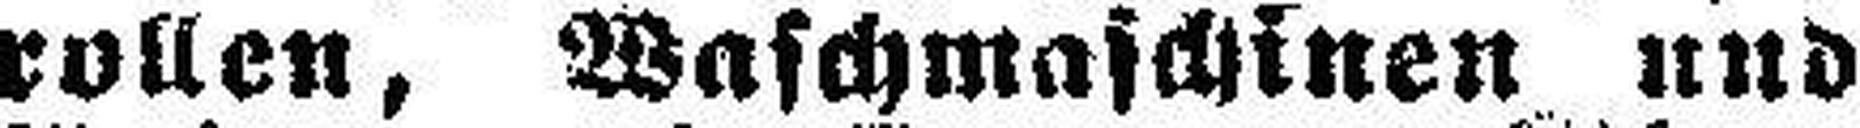
rollen, Waschmaschinen und